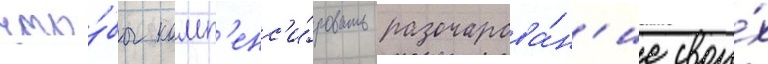
что́бы комп'енс'и́ровать разочарова́н'ие свои́х